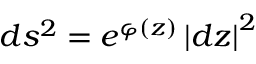
d s ^ { 2 } = e ^ { \varphi ( z ) } \left| d z \right| ^ { 2 }